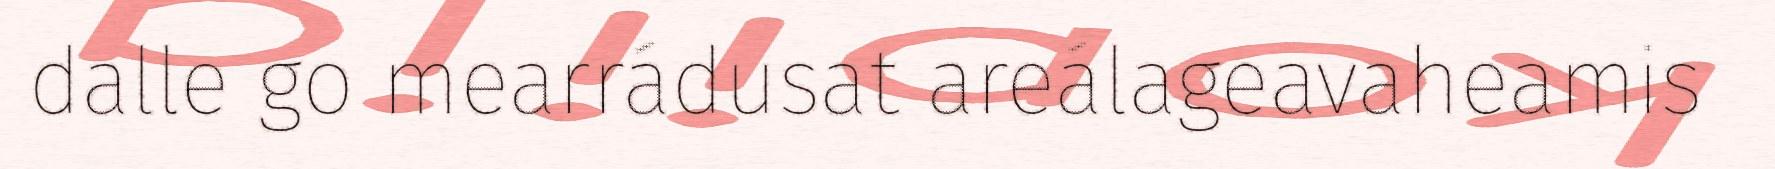
dalle go mearrádusat areálageavaheamis